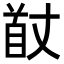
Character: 𮩟